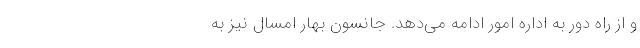
و از راه دور به اداره امور ادامه می‌دهد. جانسون بهار امسال نیز به